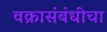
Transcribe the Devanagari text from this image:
वक्रासंबंधीचा